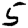
Digit: 5